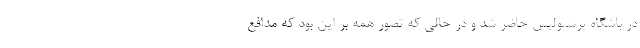
در باشگاه پرسپولیس حاضر شد و در حالی که تصور همه بر این بود که مدافع